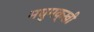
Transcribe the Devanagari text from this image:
मघुमक्खी